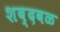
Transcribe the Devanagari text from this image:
शब्दबळ